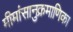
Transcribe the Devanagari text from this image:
मीमांसानुक्रमाणिका